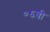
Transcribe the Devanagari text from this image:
०६बी